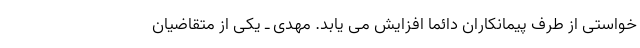
خواستی از طرف پیمانکاران دائما افزایش می یابد. مهدی ـ یکی از متقاضیان